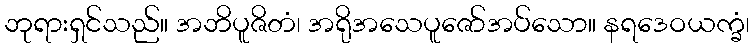
ဘုရားရှင်သည်။ အဘိပူဇိတံ၊ အရိုအသေပူဇော်အပ်သော။ နရဒေဝယက္ခံ၊